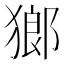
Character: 𤠸